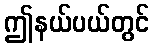
ဤနယ်ပယ်တွင်